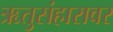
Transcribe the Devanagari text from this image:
ऋतुसंहारावर